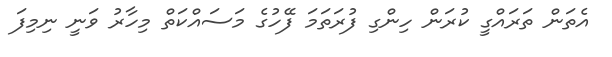
އެތަން ތަރައްގީ ކުރަން ހިންގި ފުރަތަމަ ފޭހުގެ މަސައްކަތް މިހާރު ވަނީ ނިމިފަ